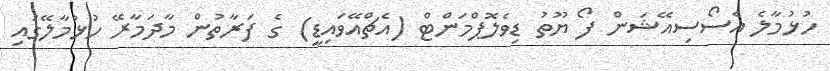
ހުޅުމާލެ އެސޯސިއޭޝަން ފޯ ޔޫތު ޑިވެލޮޕްމަންޓް (އެޗްއޭވައިޑީ) ގެ ފަރާތުން މާދަމާރޭ ހުޅުމާލޭގައި